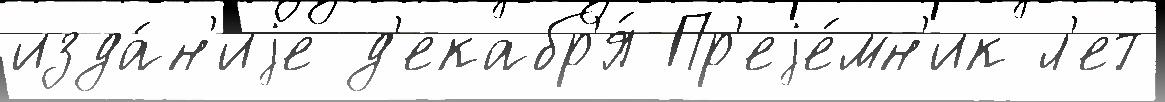
изда́н'иjе д'екабр'я́ Пр'еjе́мн'ик л'ет